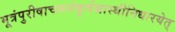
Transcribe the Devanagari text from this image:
मूत्रंपुरीषाचमनंकुर्वन्नास्थीनिधारयेत्